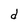
Character: d